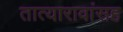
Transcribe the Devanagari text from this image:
तात्यारावांसह